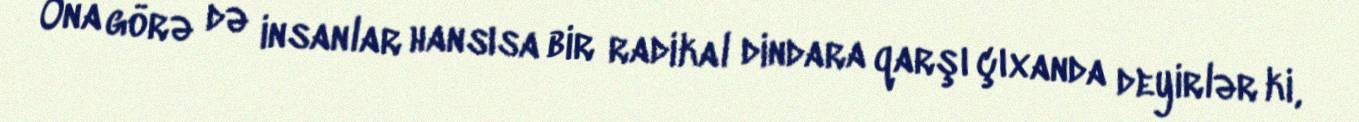
Ona görə də insanlar hansısa bir radikal dindara qarşı çıxanda deyirlər ki,